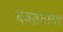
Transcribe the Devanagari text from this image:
देवव्रताचा